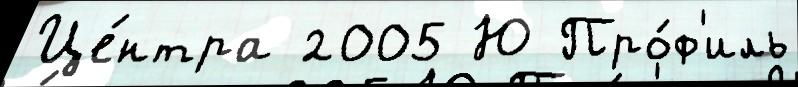
Це́нтра 2005 Ю Про́ф'иль